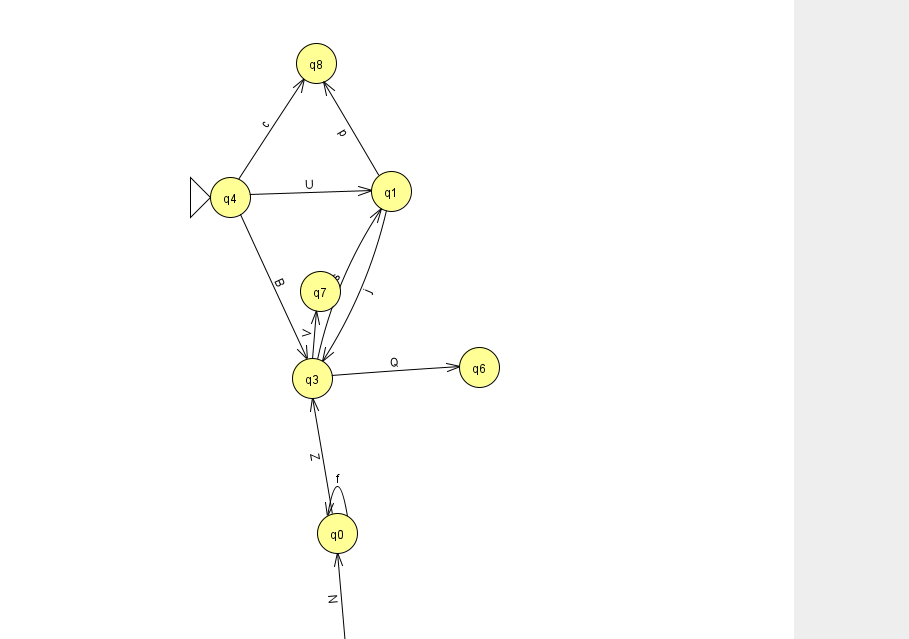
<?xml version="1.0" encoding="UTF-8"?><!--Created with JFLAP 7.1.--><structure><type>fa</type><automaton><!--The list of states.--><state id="0" name="q0"><x>337.0</x><y>520.0</y></state><state id="1" name="q1"><x>391.0</x><y>178.0</y></state><state id="2" name="q2"><x>349.0</x><y>651.0</y><final/></state><state id="3" name="q3"><x>312.0</x><y>365.0</y></state><state id="4" name="q4"><x>230.0</x><y>184.0</y><initial/></state><state id="6" name="q6"><x>479.0</x><y>354.0</y></state><state id="7" name="q7"><x>320.0</x><y>278.0</y></state><state id="8" name="q8"><x>316.0</x><y>50.0</y></state><!--The list of transitions.--><transition><from>1</from><to>3</to><read>j</read></transition><transition><from>2</from><to>0</to><read>N</read></transition><transition><from>4</from><to>3</to><read>B</read></transition><transition><from>0</from><to>0</to><read>f</read></transition><transition><from>1</from><to>8</to><read>p</read></transition><transition><from>3</from><to>6</to><read>Q</read></transition><transition><from>3</from><to>7</to><read>V</read></transition><transition><from>3</from><to>1</to><read>s</read></transition><transition><from>4</from><to>1</to><read>U</read></transition><transition><from>4</from><to>8</to><read>c</read></transition><transition><from>0</from><to>3</to><read>Z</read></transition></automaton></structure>